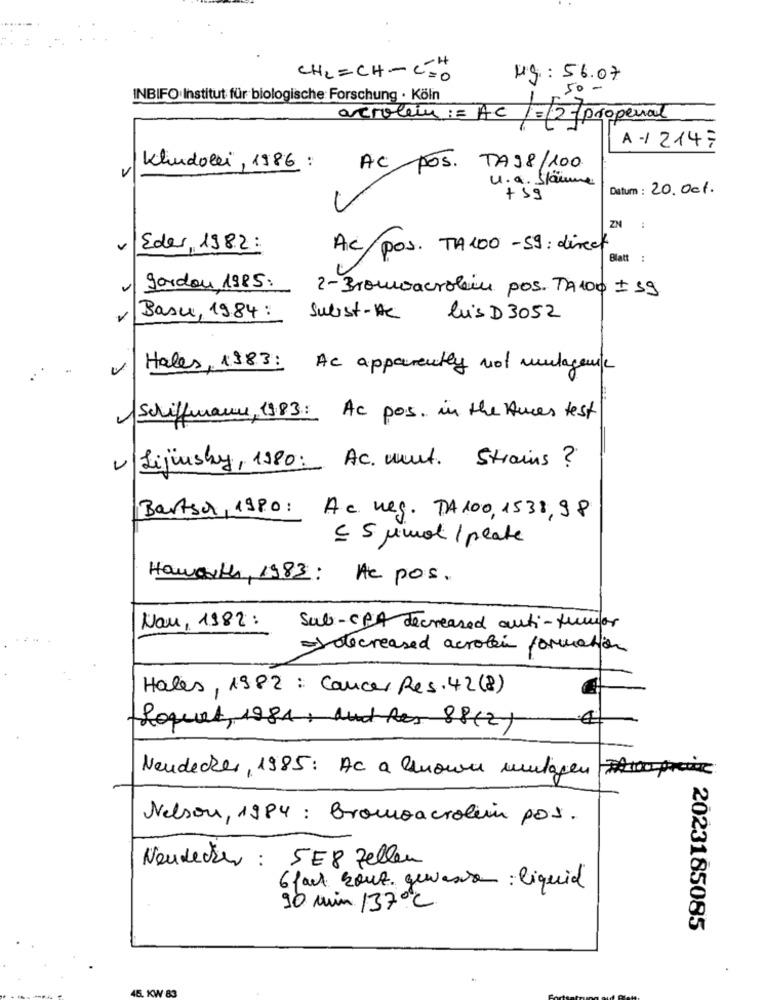
CHLECH-C=0
M.g .: 56.07
50-
INBIFO Institut für biologische Forschung · Köln
acrolem= AC
1=12- properal
A / 2147
Klindolei, 1986 :
AC POS. TAJ8/100
u.a. Stäume
Datum : 20. Oct.
+ 59
ZN
Eder, 1982:
Ac/pos. TA 100 -59: direct
Blatt :
..
gordon 1985:
2- Brownacrolim pos. TA100 + 59
Basu, 1984 :
Subst- HC
Luis D 3052
Hales, 1983: Ac apparently not mutagenic
Schiffwane, 1983: Ac pos. in the Ances test
v/Lijunsky, 1980: Ac. ment. Strains ?
Bartsch, 1980: Ac weg. DA100, 1538,98
= 5 pimal / plate
Haworth, 1983: Ac pos.
Nau, 1982 :
Sub-CPA decreased anti-tumor
=decreased acrobein formation
Hales, 1982 : Cancer Res. 42 (8)
Loquat, 1984, Muchos 88(2)
Neudecker,1985: Ac a known mutagen
Nelson, 1984 : Bromoacrolim pos.
Neudecker : 5E8 Zellen
6 fait zout. gewassen : liquid
90 min /37ºC
2023185085
45. KW-83